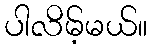
ပါလိမ့်မယ်။